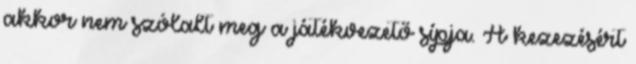
akkor nem szólalt meg a játékvezető sípja. A kezezésért